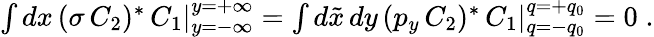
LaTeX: \textstyle{\int}\, dx\, (\sigma\, C_{2})^{\ast}\, C_{1}\vert_{y=-\infty}^{y=+\infty}=\textstyle{\int}\, d\tilde{x}\, dy\, (p_{y}\, C_{2})^{\ast}\, C_{1}\vert_{q=-q_{0}}^{q=+q_{0}}=0\; .